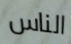
الناس